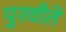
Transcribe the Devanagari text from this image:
पुरवीते